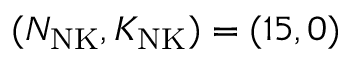
( N _ { \mathrm { N K } } , K _ { \mathrm { N K } } ) = ( 1 5 , 0 )